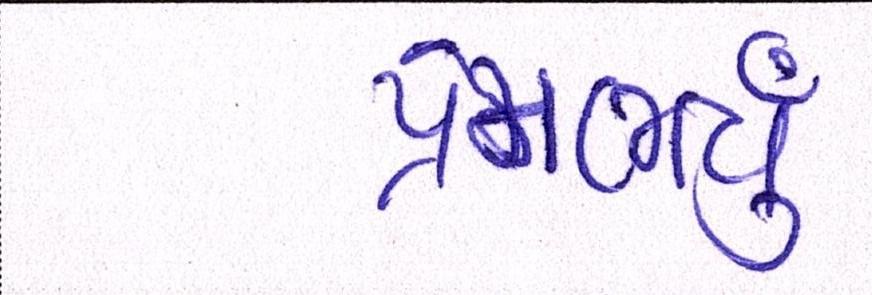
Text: પ્રેમભર્યું